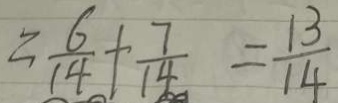
= \frac { 6 } { 1 4 } + \frac { 7 } { 1 4 } = \frac { 1 3 } { 1 4 }